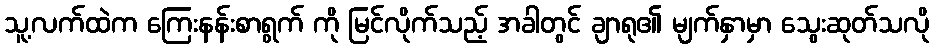
သူ့လက်ထဲက ကြေးနန်းစာရွက် ကို မြင်လိုက်သည့် အခါတွင် ချာရု၏ မျက်နှာမှာ သွေးဆုတ်သလို